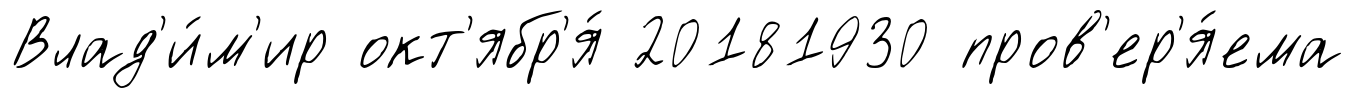
Влад'и́м'ир окт'ябр'я́ 20181930 пров'ер'я́ема